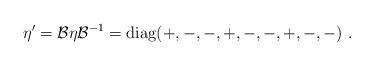
\begin{align*}\eta^\prime = \mathcal{B}\eta\mathcal{B}^{-1}=\mathrm{diag}(+,-,-,+,-,-,+,-,-)~.\end{align*}